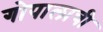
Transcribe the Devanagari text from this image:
गोपालाची